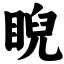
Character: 睨